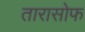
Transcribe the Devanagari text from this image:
तारासोफ